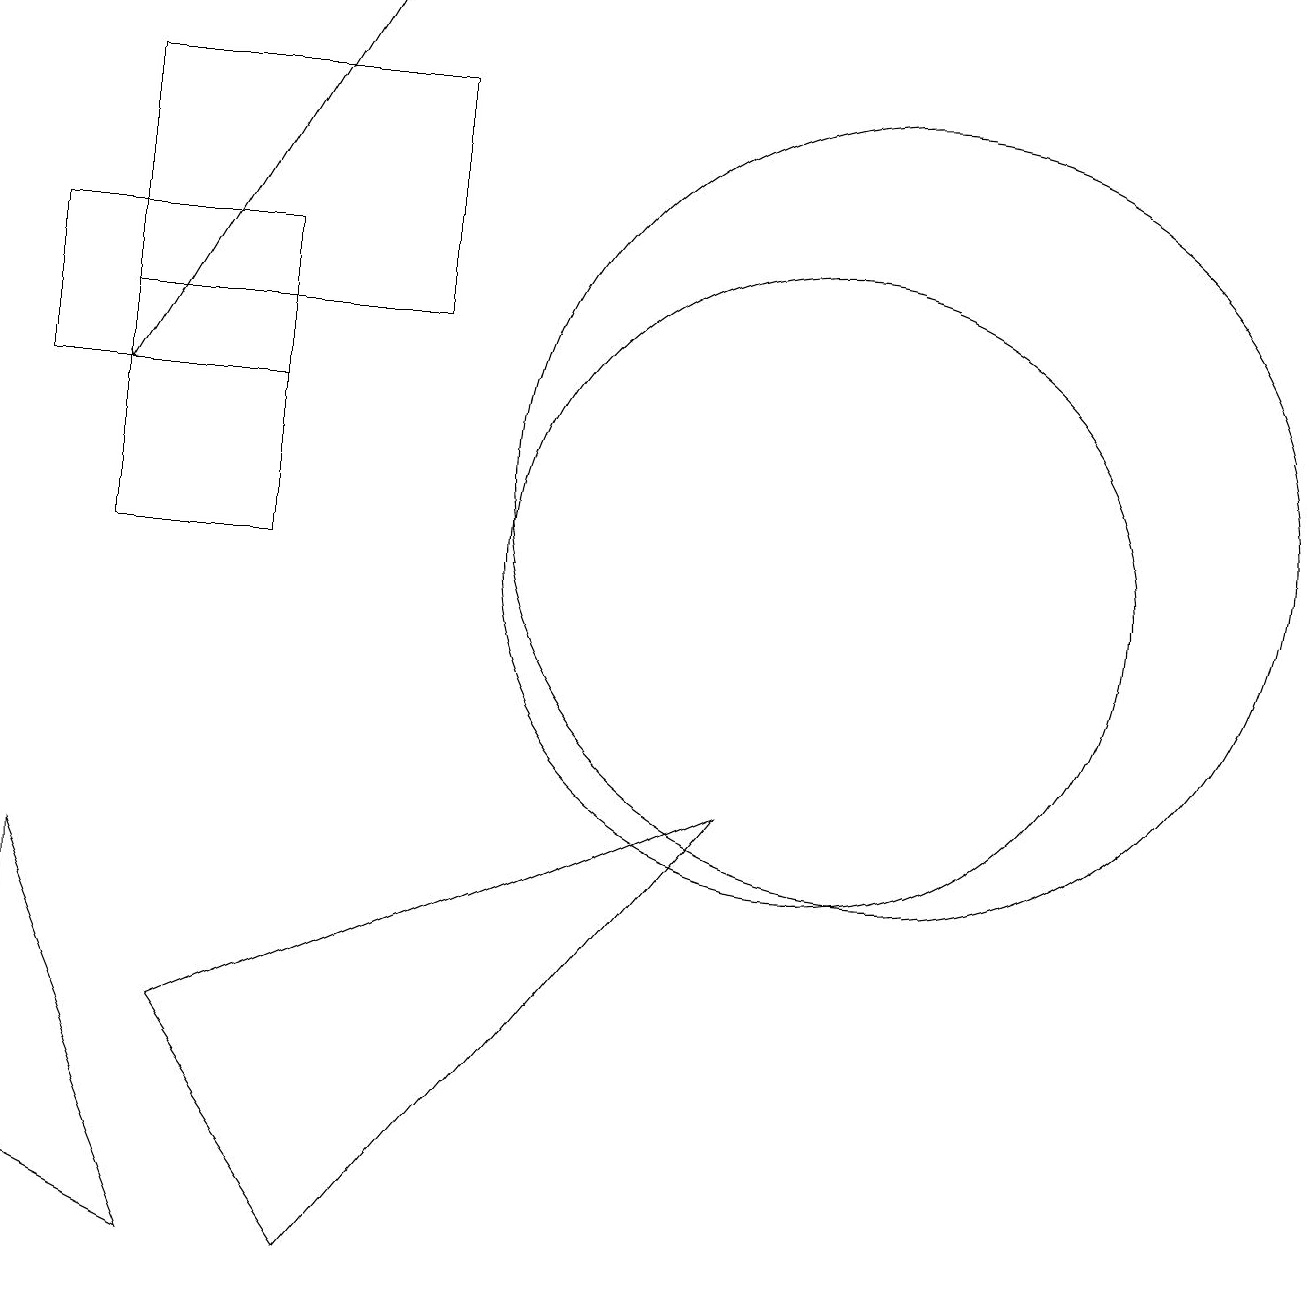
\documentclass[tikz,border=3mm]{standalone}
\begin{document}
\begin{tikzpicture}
\draw (4,2) -- (2,5) -- (9,8) -- cycle;
\draw[->] (4,18) -- (1,13);
\draw (10,11) circle (4);
\draw (1,15) rectangle (3,11);
\draw (0,13) rectangle (3,15);
\draw (11,12) circle (5);
\draw (2,2) -- (0,3) -- (0,7) -- cycle;
\draw (1,14) rectangle (5,17);
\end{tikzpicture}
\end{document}